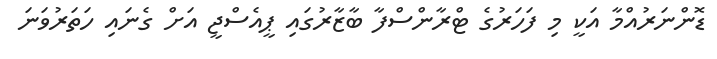
ޑޮންނަރުއްމާ އަކީ މި ފަހަރުގެ ޓްރާންސްފާ ބާޒާރުގައި ޕީއެސްޖީ އަށް ގެނައި ހަތަރުވަނަ